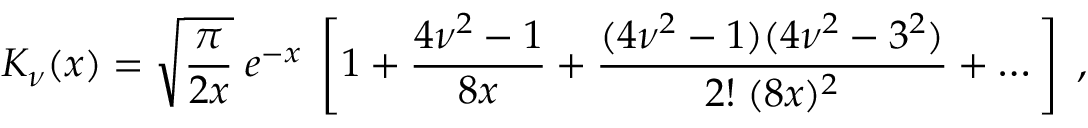
K _ { \nu } ( x ) = \sqrt { \frac { \pi } { 2 x } } \; e ^ { - x } \; \left[ 1 + { \frac { 4 \nu ^ { 2 } - 1 } { 8 x } } + { \frac { ( 4 \nu ^ { 2 } - 1 ) ( 4 \nu ^ { 2 } - 3 ^ { 2 } ) } { 2 ! \; ( 8 x ) ^ { 2 } } } + \dots \right] \; ,